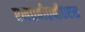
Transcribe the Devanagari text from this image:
एम०बी०बी०एस